Indian journal of veterinary science and animal husbandry - Volume 9,
Year: 1939
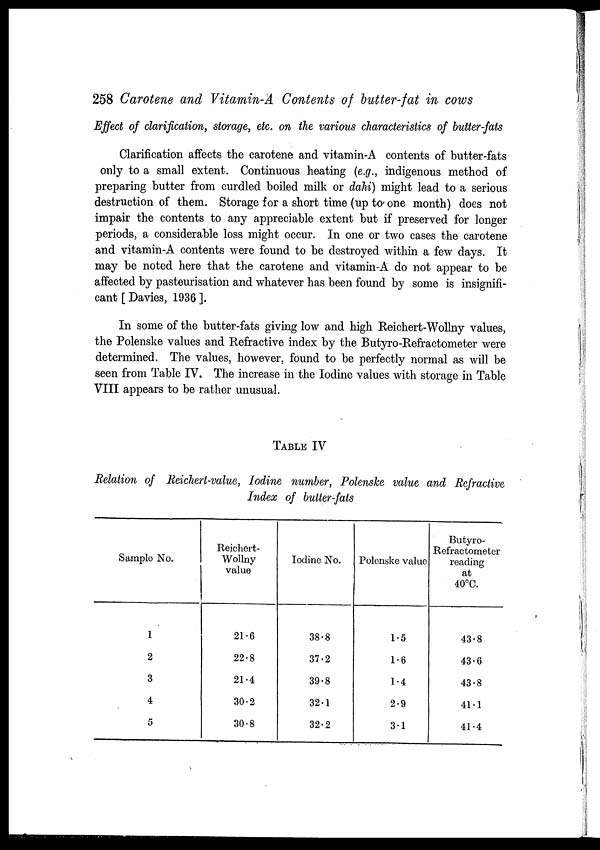
258 Carotene and Vitamin-A Contents of butter-fat in cows
Effect of clarification, storage, etc. on the various characteristics of butter-fats
Clarification affects the carotene and vitamin-A contents of butter-fats
only to a small extent. Continuous heating (e.g., indigenous method of
preparing butter from curdled boiled milk or dahi) might lead to a serious
destruction of them. Storage for a short time (up to one month) does not
impair the contents to any appreciable extent but if preserved for longer
periods, a considerable loss might occur. In one or two cases the carotene
and vitamin-A contents were found to be destroyed within a few days. It
may be noted here that the carotene and vitamin-A do not appear to be
affected by pasteurisation and whatever has been found by some is insignifi-
cant [ Davies, 1936 ].
In some of the butter-fats giving low and high Reichert-Wollny values,
the Polenske values and Refractive index by the Butyro-Refractometer were
determined. The values, however, found to be perfectly normal as will be
seen from Table IV. The increase in the Iodine values with storage in Table
VIII appears to be rather unusual.
TABLE IV
Relation of Reichert-value, Iodine number, Polenske value and Refractive
Index of butter-fats
Sample No.
1
2
3
4
5
Reichert¬
Wollny
value
21.6
22.8
21.4
30.2
30.8
Iodine No.
38.8
37.2
39.8
32.1
32.2
Polenske value
1.5
1.6
1.4
2.9
3.1
Butyro¬
Refractometer
reading
at
40°C.
43.8
43.6
43.8
41.1
41.4